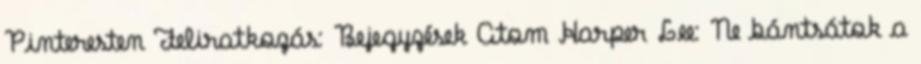
Pinteresten Feliratkozás: Bejegyzések Atom Harper Lee: Ne bántsátok a